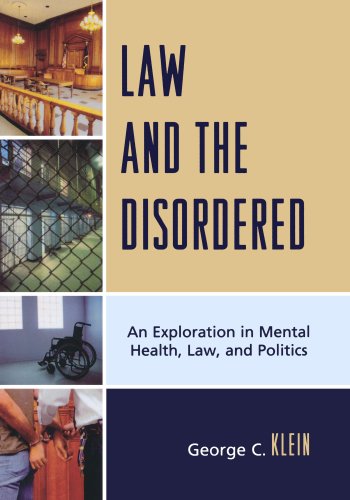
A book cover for Law and the Disordered: An Exploration in Mental Health, Law, and Politics; George C. Klein; Law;